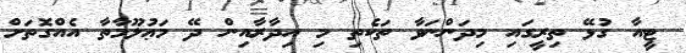
ޓީއާ ގުޅޭ ތިރީގައި މިދަންނަވާ ތަކެތި މި އިދާރާއިން ދޭ މަޢުލޫމާތާ އެއްގޮތަށް